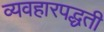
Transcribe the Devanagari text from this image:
व्यवहारपद्धती